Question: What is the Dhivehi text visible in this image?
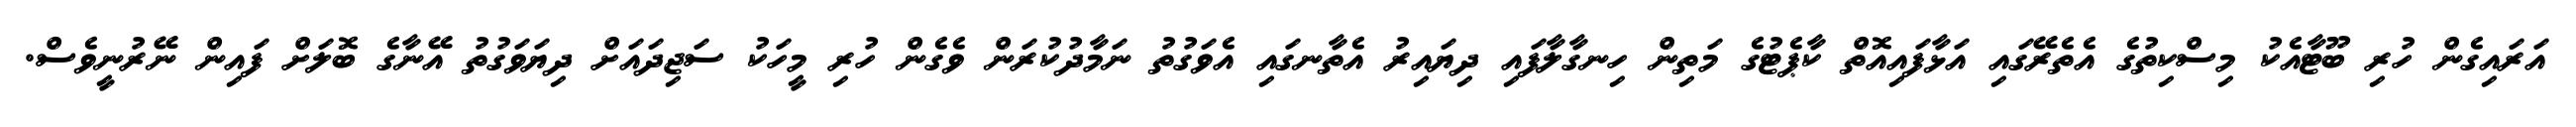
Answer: އަރައިގެން ހުރި ބޫޓާއެކު މިސްކިތުގެ އެތެރޭގައި އަޅާފައިއޮތް ކާޕެޓުގެ މަތިން ހިނގާލާފައި ދިޔައިރު އެތާނގައި އެވަގުތު ނަމާދުކުރަން ވެގެން ހުރި މީހަކު ސަޖިދައަށް ދިޔަވަގުތު އޭނާގެ ބޮލަށް ފައިން ނޭރުނީވެސް.